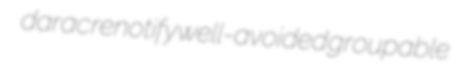
darac renotify well-avoided groupable